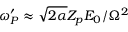
\omega _ { P } ^ { \prime } \approx \sqrt { 2 \alpha } Z _ { p } E _ { 0 } / \Omega ^ { 2 }